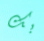
بك